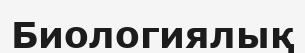
Биологиялық